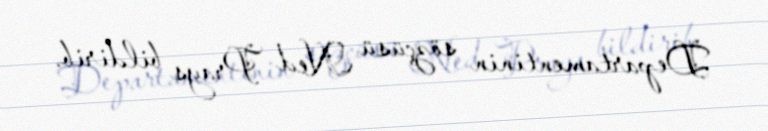
Departamentinin sözçüsü Ned Prays bildirib.